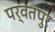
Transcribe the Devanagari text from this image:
पर्वतपुर